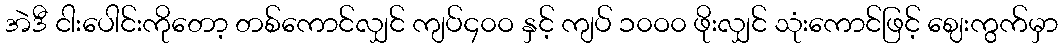
အဲဒီ ငါးပေါင်းကိုတော့ တစ်ကောင်လျှင် ကျပ်၄၀ဝ နှင့် ကျပ် ၁၀ဝ၀ ဖိုးလျှင် သုံးကောင်ဖြင့် ဈေးကွက်မှာ